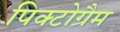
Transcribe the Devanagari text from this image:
पिक्टोग्रैम